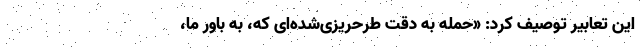
این تعابیر توصیف کرد: «حمله به دقت طرحریزی‌شده‌ای که، به باور ما،